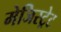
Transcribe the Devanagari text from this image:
मेजिस्ट्रेट